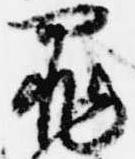
罪